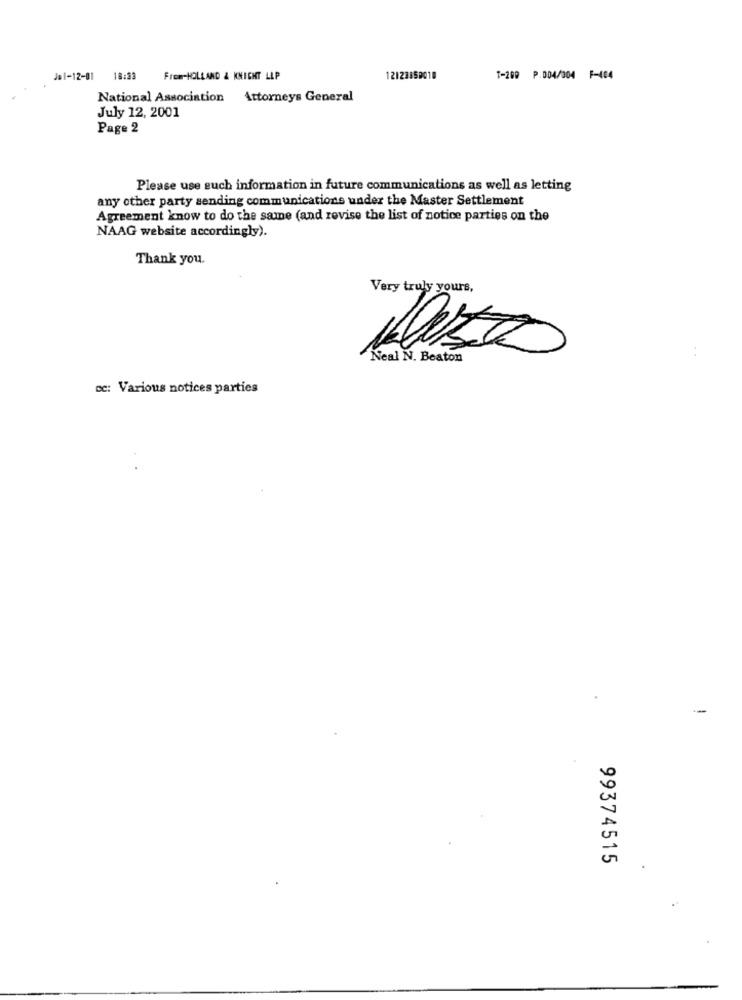
Je1-12-01 18:33 From-HOLLAND & KNIGHT LLP
12123850010
T-200 P.004/004 F-404
National Association Attorneys General
July 12, 2001
Page 2
Please use such information in future communications as well as letting
any other party sending communications under the Master Settlement
Agreement know to do the same (and rovise the list of notice parties on the
NAAG website accordingly).
Thank you.
Very truly yours,
Neal N. Beaton
Laura
cc: Various notices parties
99374515